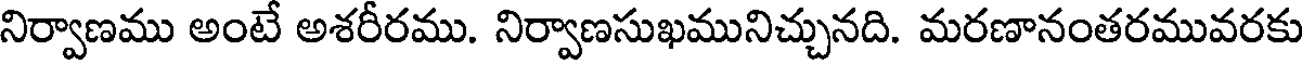
నిర్వాణము అంటే అశరీరము. నిర్వాణసుఖమునిచ్చునది. మరణానంతరమువరకు